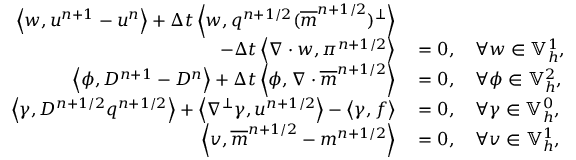
\begin{array} { r l } { \left\langle w , u ^ { n + 1 } - u ^ { n } \right\rangle + \Delta t \left\langle w , q ^ { n + 1 / 2 } ( \overline { { m } } ^ { n + 1 / 2 } ) ^ { \perp } \right\rangle } & { { } } \\ { \qquad - \Delta t \left\langle \nabla \cdot w , \pi ^ { n + 1 / 2 } \right\rangle } & { { } = 0 , \quad \forall w \in \mathbb { V } _ { h } ^ { 1 } , } \\ { \left\langle \phi , D ^ { n + 1 } - D ^ { n } \right\rangle + \Delta t \left\langle \phi , \nabla \cdot \overline { { m } } ^ { n + 1 / 2 } \right\rangle } & { { } = 0 , \quad \forall \phi \in \mathbb { V } _ { h } ^ { 2 } , } \\ { \left\langle \gamma , D ^ { n + 1 / 2 } q ^ { n + 1 / 2 } \right\rangle + \left\langle \nabla ^ { \perp } \gamma , u ^ { n + 1 / 2 } \right\rangle - \left\langle \gamma , f \right\rangle } & { { } = 0 , \quad \forall \gamma \in \mathbb { V } _ { h } ^ { 0 } , } \\ { \left\langle v , \overline { { m } } ^ { n + 1 / 2 } - m ^ { n + 1 / 2 } \right\rangle } & { { } = 0 , \quad \forall v \in \mathbb { V } _ { h } ^ { 1 } , } \end{array}